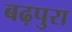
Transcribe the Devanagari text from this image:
बढ़पुरा